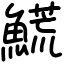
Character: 𩺊